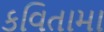
કવિતામા